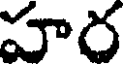
హర